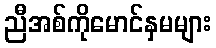
ညီအစ်ကိုမောင်နှမများ